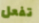
تفعل